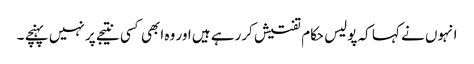
انہوں نے کہا کہ پولیس حکام تفتیش کررہے ہیں اور وہ ابھی کسی نتیجے پر نہیں پہنچے ۔